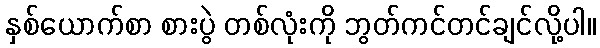
နှစ်ယောက်စာ စားပွဲ တစ်လုံးကို ဘွတ်ကင်တင်ချင်လို့ပါ။